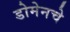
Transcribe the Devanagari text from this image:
डोमेनचे